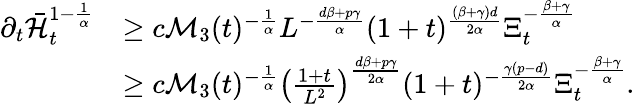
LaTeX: \begin{array}{rl}{\partial_{t}\bar{\mathcal{H}}_{t}^{1-\frac{1}{\alpha}}}&{\geq c\mathcal{M}_{3}(t)^{-\frac{1}{\alpha}}L^{-\frac{d\beta+p\gamma}{\alpha}}(1+t)^{\frac{(\beta+\gamma)d}{2\alpha}}\Xi_{t}^{-\frac{\beta+\gamma}{\alpha}}}\\ &{\geq c\mathcal{M}_{3}(t)^{-\frac{1}{\alpha}}\left(\frac{1+t}{L^{2}}\right)^{\frac{d\beta+p\gamma}{2\alpha}}(1+t)^{-\frac{\gamma(p-d)}{2\alpha}}\Xi_{t}^{-\frac{\beta+\gamma}{\alpha}}.}\end{array}